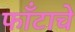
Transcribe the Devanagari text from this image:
फाँटाचे